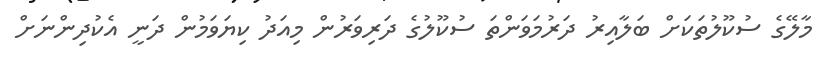
މާލޭގެ ސުކޫލުތަކަށް ބަލާއިރު ދަރުމަވަންތަ ސުކޫލުގެ ދަރިވަރުން މިއަދު ކިޔަވަމުން ދަނީ އެކުދިންނަށް